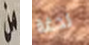
من لدغة